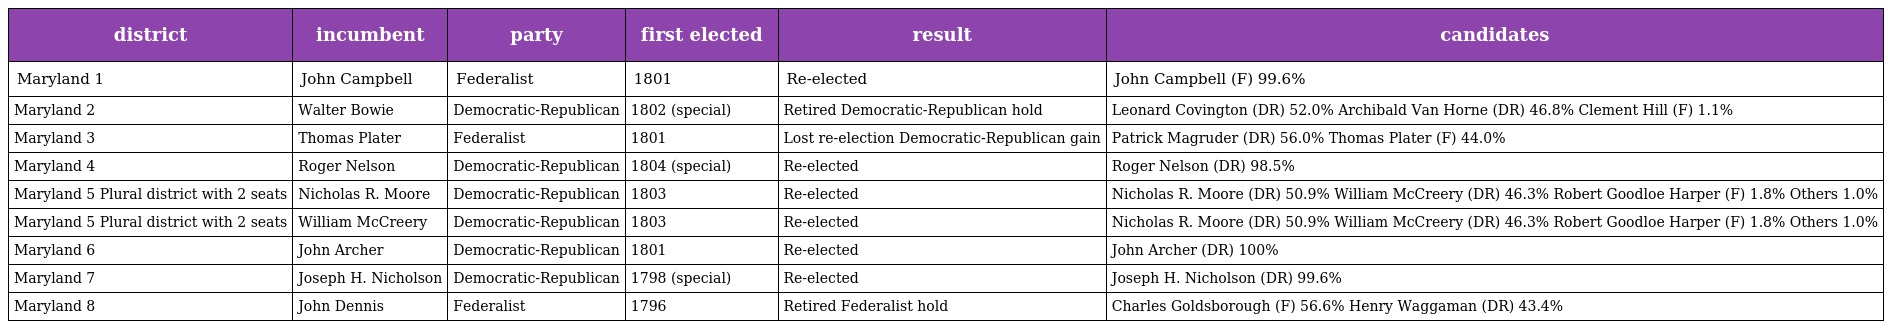
| district | incumbent | party | first elected | result | candidates |
 | --- | --- | --- | --- | --- | --- |
 | Maryland 1 | John Campbell | Federalist | 1801 | Re-elected | John Campbell (F) 99.6% |
 | Maryland 2 | Walter Bowie | Democratic-Republican | 1802 (special) | Retired Democratic-Republican hold | Leonard Covington (DR) 52.0% Archibald Van Horne (DR) 46.8% Clement Hill (F) 1.1% |
 | Maryland 3 | Thomas Plater | Federalist | 1801 | Lost re-election Democratic-Republican gain | Patrick Magruder (DR) 56.0% Thomas Plater (F) 44.0% |
 | Maryland 4 | Roger Nelson | Democratic-Republican | 1804 (special) | Re-elected | Roger Nelson (DR) 98.5% |
 | Maryland 5 Plural district with 2 seats | Nicholas R. Moore | Democratic-Republican | 1803 | Re-elected | Nicholas R. Moore (DR) 50.9% William McCreery (DR) 46.3% Robert Goodloe Harper (F) 1.8% Others 1.0% |
 | Maryland 5 Plural district with 2 seats | William McCreery | Democratic-Republican | 1803 | Re-elected | Nicholas R. Moore (DR) 50.9% William McCreery (DR) 46.3% Robert Goodloe Harper (F) 1.8% Others 1.0% |
 | Maryland 6 | John Archer | Democratic-Republican | 1801 | Re-elected | John Archer (DR) 100% |
 | Maryland 7 | Joseph H. Nicholson | Democratic-Republican | 1798 (special) | Re-elected | Joseph H. Nicholson (DR) 99.6% |
 | Maryland 8 | John Dennis | Federalist | 1796 | Retired Federalist hold | Charles Goldsborough (F) 56.6% Henry Waggaman (DR) 43.4% |